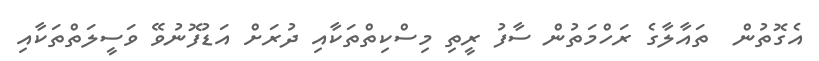
އެގޮތުން  ތައާލާގެ ރަހްމަތުން ސާފު ރީތި މިސްކިތްތަކާއި ދުރަށް އަޑުފޮނުވޭ ވަސީލަތްތަކާއި